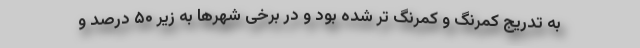
به تدریج کمرنگ و کمرنگ تر شده بود و در برخی شهرها به زیر ۵۰ درصد و